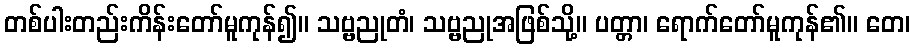
တစ်ပါးတည်းကိန်းတော်မူကုန်၍။ သဗ္ဗညုတံ၊ သဗ္ဗညုအဖြစ်သို့။ ပတ္တာ၊ ရောက်တော်မူကုန်၏။ တေ၊